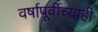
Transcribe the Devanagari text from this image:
वर्षापूर्वीच्याही